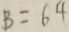
B = 6 4